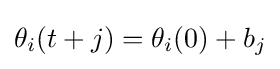
\theta _{i}(t+j)=\theta _{i}(0)+b_{j}